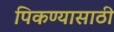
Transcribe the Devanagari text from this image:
पिकण्यासाठी